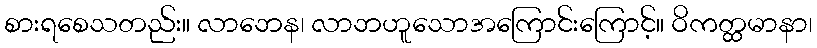
စားရစေသတည်း။ လာဘေန၊ လာဘဟူသောအကြောင်းကြောင့်။ ဝိကတ္ထမာနာ၊